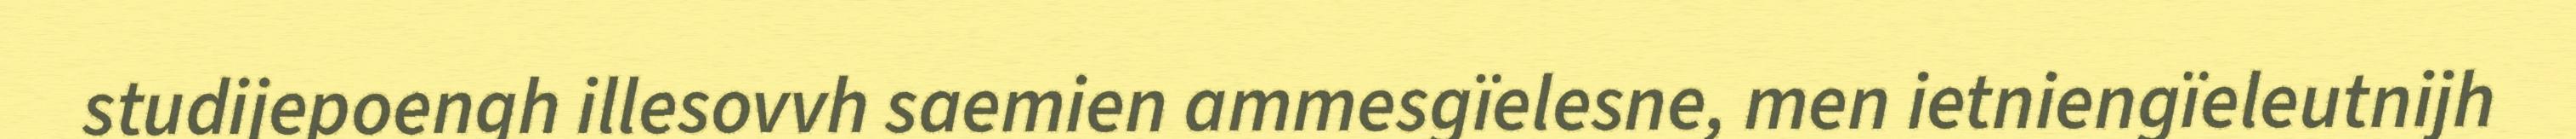
studijepoengh illesovvh saemien ammesgïelesne, men ietniengïeleutnijh